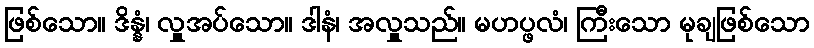
ဖြစ်သော။ ဒိန္နံ၊ လှူအပ်သော။ ဒါနံ၊ အလှူသည်။ မဟပ္ဖလံ၊ ကြီးသော မုချဖြစ်သော